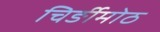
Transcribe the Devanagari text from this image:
चिर्ङीमोठ